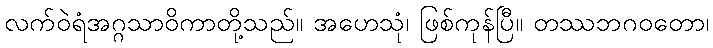
လက်ဝဲရံအဂ္ဂသာဝိကာတို့သည်။ အဟေသုံ၊ ဖြစ်ကုန်ပြီ။ တဿဘဂဝတော၊